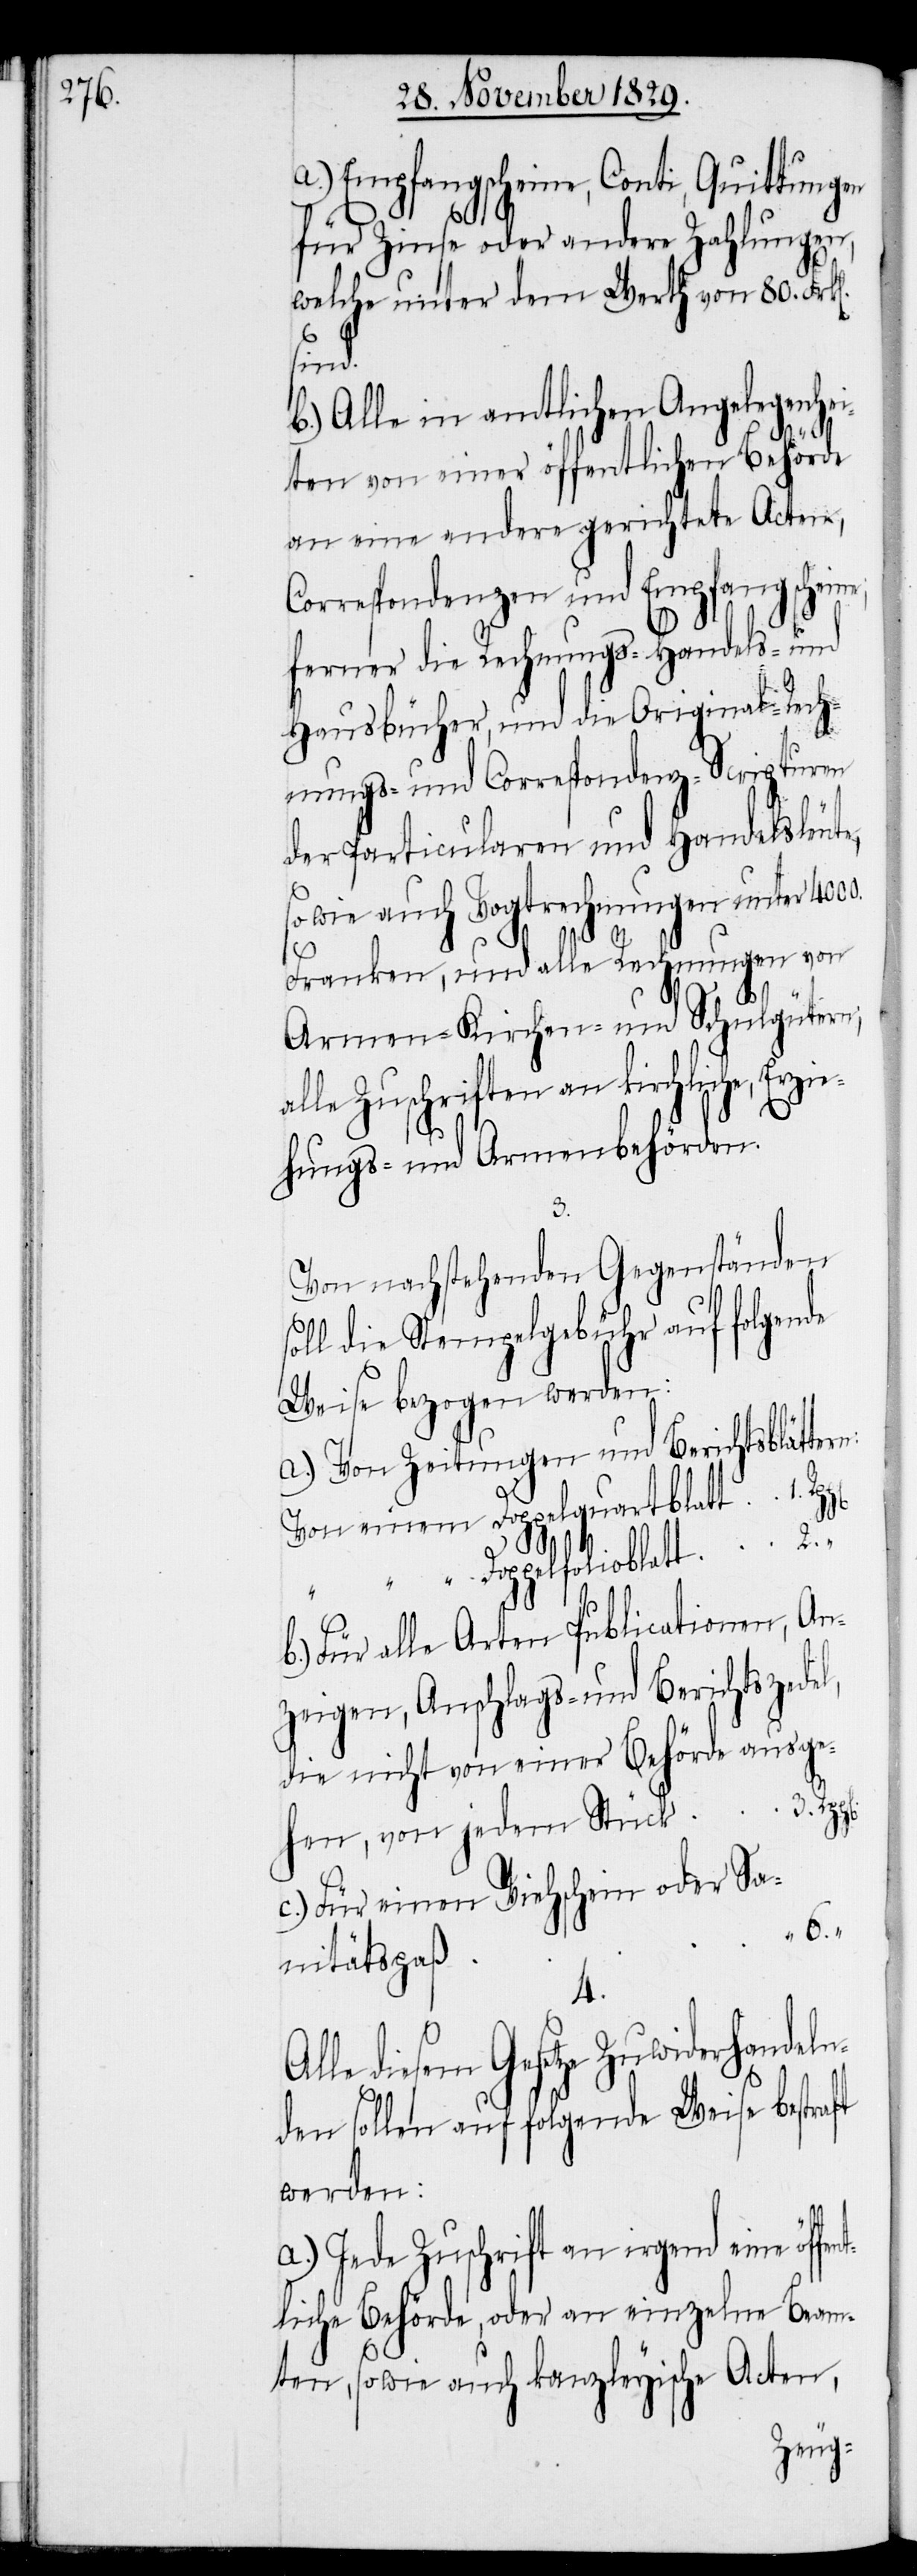
a.) Empfangscheine, Conti, Quittungen
für Zinse oder andere Zahlungen,
welche unter dem Werth von 80. Frk[e¬
sind.
b.) Alle in amtlichen Angelegenhe¬
iten von einer öffentlichen Behörde
an eine andere gerichtete Acten,
Correspondenzen und Empfangschein¬
ferner die Rechnungs- Handels- und
Hausbücher, und die Original-Rech¬
nungs- und Correspondenz-Scripturen
der Particularen und Handelsleute,
sowie auch Vogtrechnungen unter 4000.
Franken, und alle Rechnungen von
Armen- Kirchen- und Schulgütern;
alle Zuschriften an kirchliche, Erzie¬
hungs- und Armenbehörden.
3.
Von nachstehenden Gegenständen
oll die Stempelgebühr auf folgende
Weise bezogen werden:
a.) Von Zeitungen und Berichtsblätter¬
einer
“
Doppelfolioblatt
Für alle Arten Publicationen, An¬
Anschlags- und Berichtszedel,
ehen, von jedem Stück
c.) Für einen Viehschein oder Sa¬
nitätspaß
4.
Alle diesem Gesetze Zuwiderhandeln¬
fent¬
den sollen auf folgende Weise bestraft
werden:
a.) Jede Zuschrift an irgend eine öf¬
liche Behörde, oder an einzelne Beam¬
ten, sowie auch kanzleyische Acten,